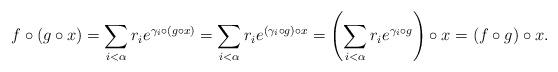
LaTeX: \begin{align*} f\circ(g\circ x)=\sum_{i<\alpha}r_{i}e^{\gamma_{i}\circ(g\circ x)}=\sum_{i<\alpha}r_{i}e^{(\gamma_{i}\circ g)\circ x}=\left(\sum_{i<\alpha}r_{i}e^{\gamma_{i}\circ g}\right)\circ x=(f\circ g)\circ x. \end{align*}